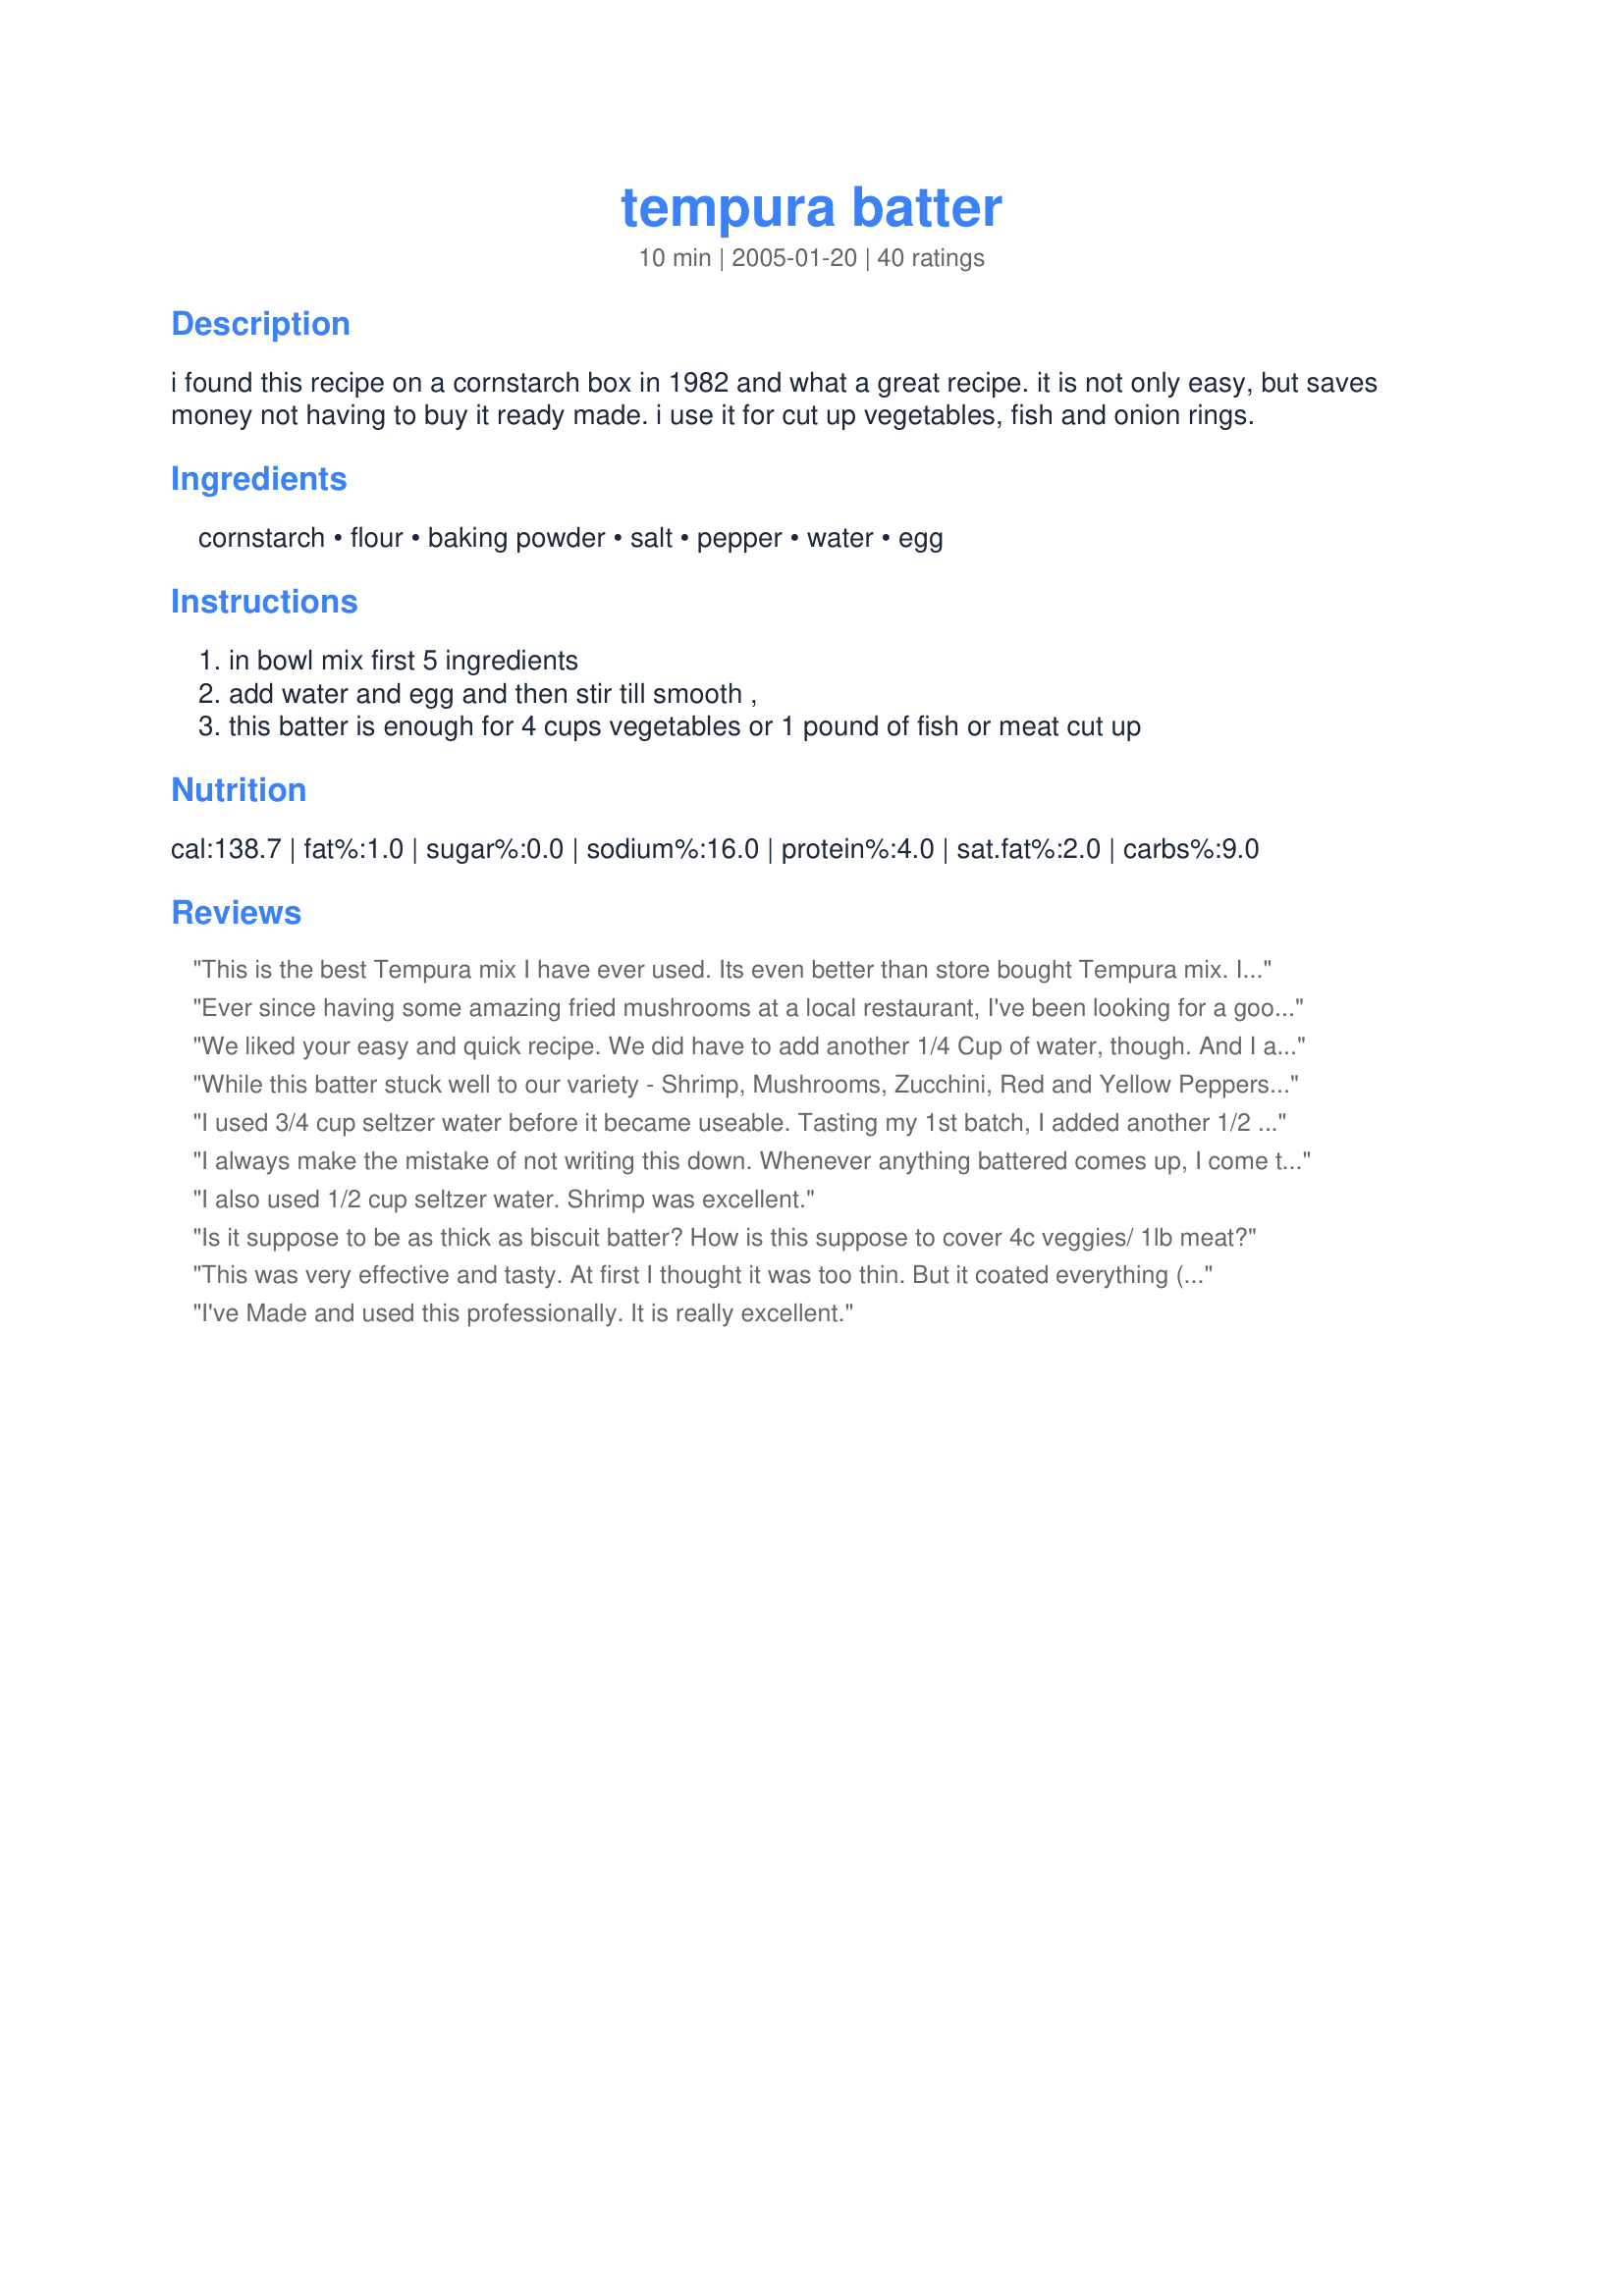
tempura batter
Preparation time: 10 minutes

i found this recipe on a cornstarch box in 1982 and what a great recipe. it is not only easy, but saves money not having to buy it ready made. i use it for cut up vegetables, fish and onion rings.

Ingredients:
cornstarch, flour, baking powder, salt, pepper, water, egg

Steps:
in bowl mix first 5 ingredients, add water and egg and then stir till smooth ,, this batter is enough for 4 cups vegetables or 1 pound of fish or meat cut up

Reviews:
This is the best Tempura mix I have ever used. Its even better than store bought Tempura mix. I use it for veggies and fish. Thank you!!!!!
Ever since having some amazing fried mushrooms at a local restaurant, I've been looking for a good tempura batter recipe. In desperation I even tried mixes, but nothing gave me exactly what I was looking for until I found this recipe. As things tend to go, however, I was running short on the main ingredient in this batter -- cornstarch -- when I was ready to try it at about 9:30 on a Friday night. So I grabbed my box of Arrowroot powder and made up the difference with that (ended up being about half cornstarch and half Arrowroot) to make the 3/4 cup called for in the recipe. As others have said, I increased the water slightly until I had a batter of the correct consistency. However, I think that starting with just 1/4 cup water is the best way to go; by making a stiffer batter first and then adding more water you are more likely to have a much smoother end result with the batter (similar to how you start with a tiny bit of water when using cornstarch as a gravy thickener, adding more water as needed until you have a slurry of the right consistency). I then used it to batter halved baby Portobellos which I fried in half oil, half margarine. And yum, yes! While I'd just as soon have a chef do the work for me (��), this recipe came very close to the amazing tempura battered mushrooms we had so enjoyed. I can't wait for wild morels to be in season again so I can try this on those! Thanks for another good one, Pressurecooker! ��
We liked your easy and quick recipe. We did have to add another 1/4 Cup of water, though. And I also doubled the salt and pepper, but that's just to taste. The batter was heavier than we wanted but it was good. Thanks, pressurecooker, for sharing!
While this batter stuck well to our variety - Shrimp, Mushrooms, Zucchini, Red and Yellow Peppers, Sugar Snap Peas - this was just OK for us. DH enjoyed it more than I did but I found it to be a bit bland and quite heavy. We also had to add more water to get a good consistency. Think I'll keep looking for something a little lighter but thanks for sharing!
I used 3/4 cup seltzer water before it became useable. Tasting my 1st batch, I added another 1/2 tsp. salt for a total of 1 tsp. It was excellent, but you almost have to eat as you cook. It doesn't last.
I always make the mistake of not writing this down. Whenever anything battered comes up, I come to this recipe and modify it accordingly (which is to say, I don&#039;t change much aside from flavor and spice).&lt;br/&gt;&lt;br/&gt;It&#039;s the perfect base recipe. Now that I&#039;ve got it linked here, I won&#039;t have to search for it again if I lose my recipe cards (which I always do -_- )
I also used 1/2 cup seltzer water. Shrimp was excellent.
Is it suppose to be as thick as biscuit batter? How is this suppose to cover 4c veggies/ 1lb meat?
This was very effective and tasty. At first I thought it was too thin. But it coated everything (all onions for me).
I've Made and used this professionally. It is really excellent.
YUM! It was exactly what I was looking for. I used it on skinless boneless thighs (cubed). Then, I coated the fried chicken pieces with General Tso's sauce. It was better than take out. My kids ate them plain dipped in ketchup and said it was better that fast food chicken nuggets. I only added a couple of tbsp of water to the batter. Thank you.
Brilliant .... With fish. Added paprika .... My fussy 11 yr old had it 2 days in a row .... Will try it out with Chinese pork balls next time I do Chinese :-)
Awsome, batter was really crispy and light, however I did increase the water and the cornfour both by a quarter cup, that achieved the desired consistency....?
xxxxcelent!=my sowe love thisn said just like resturants,did 1" pieces fish,and did onion rings(if you use the large leeks,as alton brown says,doesnt weep and get soggy later like onions)-a great recipe!!!!!!!!!we loved this best breading yet!!!
This is a great recipe for my family. I increased the water by a 1/4 cup. Beer works nicely instead of water. Forget take-out! My family loves this recipe with seafood, chicken and vegetables. Thank you so much for posting this recipe!
This is the very best tempura batter I have tried. Thank you for this fantastic recipe !!!!! I've had better even in Japan.!!!!!!!
You're using too much dry ingredients, too little liquid. This recipe would be ok for fried chicken but not tempura. Try using 1/2 cup flour &amp; 1/2 cup cornstarch Use 1 cup of VERY COLD seltzer/club soda 1 egg and just a little salt Make the oil very hot, but not burning. You want the batter to be cold and not over mixed.
Excellent. Yes I agree with other reviews a 1/2 cup of water did the trick. Also addded 1/2 teaspoon of Old Bay Seasoning to dry ingredients to fry Sole filets and sprinkled with Lemon Pepper after. Turned out FANTASTIC! Thanks, Pressurecooker.
OMG I used Redds Peach Ale instead of water to batter Cod filets with and they were amazing! Give flavored Ale a try in this recipe.
Very easy. Followed to the &quot;T&quot; I don't know if the recipe I used was updated, but it had 1/2 cold water. I salted the fish when it came out of the fryer (Very lightly as there was salt in the batter) The Batter did not fall off the fish, and was very crispy. Will use but will try beer next time.
Good taste, good texture. I followed the advice of other reviewers and used 1/2 cup water, but then it was too runny. So I added more cornstarch and it was perfect!
Very nice result but agree with others a little more water is required, I found that a tablespoon extra was enough to make dipping prawns possible but left it thick enough that it didn't fall off during cooking.
very easy recipe. thanks
I have to agree with many writing a review. The batter is TOO thick with the recommended amount of water. I doubled it and it was better. This batter does stick to the vegetables, particularly to peppers, which I've always had problems with. BUT overall, I'm still searching for a lighter batter. This seems heavier than what I've had in restaurants.
Awesome! I used beer instead of water and I also found that the 1/4 cup listed doesn&#039;t work you need at least a 1/2 cup if not more. My wife could not stop raving about it.. She wants to try it with onion rings!
This recipe is incorrect with the amount of water to use.. I made it as is, and it turned into a lump of flour and starch. So I added another 1/4 cup of water, and it looked and did what it should do.. so use 1/2 cup of water, then what it says..
This is basic corn starch recipe for tempura. Thanks this is what I was looking for to use up a box.
It is better than store bought
very good!
This was WONDERFUL! We were out of eggs, so used applesauce as a substitute-but it turned out great! We fried onions, green beans, zucchini, broccoli, brussell spouts &amp; cauliflower (in peanut oil). Everything was coated evenly, crunchy and delicious! I was just upset because I didn’t have mushrooms. ?? We will definitely be making this again!
Great batter, good texture and flavour. Thanks for posting.
It was great... the dough was a little bit too thick in the beginning, bit then it was perfect!
This was really good and crispy! I did shrimp and onions! Everyone LOVED it! Thanks
I liked this a lot. Has a cracker-y flavor to it. Had to add an additional 1/4 cup water and it needed a little more salt.
The recipe, if made as directed, makes playdough, not a usable batter. After modifying it to make it thinner so it can be used, produced a very average coating. Definitely won&#039;t repeat.
This is just what I was lookint for in a batter. I needed to add mor e water, though.
Pressurecooker, this is fantastic!! My husband is frying up all kinds of stuff..shrimp, clams, mushrooms, asparagus and onions.....IT IS SO GOOD!!!
I should add, that what I've been able to taste is so good.......he's a hog, and isn't leaving much for me!!
And yes, increase the water to 1/2 cup, and the recipe is gold!! Other than that, don't change a thing!!!!!!!!!!!!
Had to look up this recipe cuz we used it once with shrimp. It came out awesome the first time so we wanted it again. Added Panko as a topper.
I was really worried when I read the reviews after already mixing the batter, but I have to say I was happy with the way it turned out. I coated carrots, broccoli abd chicken with the same batter (not at the same time) and plopped then into the oil with a liberal coating. It was a little light, but puffed up well and tasted great. I might use this recipe again, with less water.
Best recipe by far out of all of them online! Absolutely love it!
